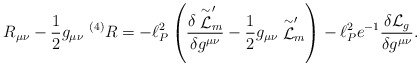
\begin{align*}R_{\mu \nu} - {1 \over 2} g_{\mu \nu}~^{(4)}R = - \ell_P^2 \left(\frac{\delta \stackrel{\sim}{\cal L}_m^{\prime}}{\delta g^{\mu \nu}} -{1 \over 2} g_{\mu \nu} \stackrel{\sim}{\cal L}_m^{\prime} \right) - \ell_P^2e^{-1} \frac{\delta {\cal L}_g}{\delta g^{\mu \nu}} .\end{align*}